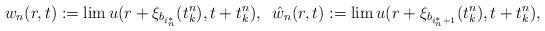
LaTeX: \begin{align*} w_n(r,t) := \lim u(r + \xi_{b_{i^*_n}}(t_k^n), t + t^n_k),\;\; \hat w_n(r,t) := \lim u(r + \xi_{b_{i^*_n+1}}(t_k^n), t + t^n_k),\end{align*}